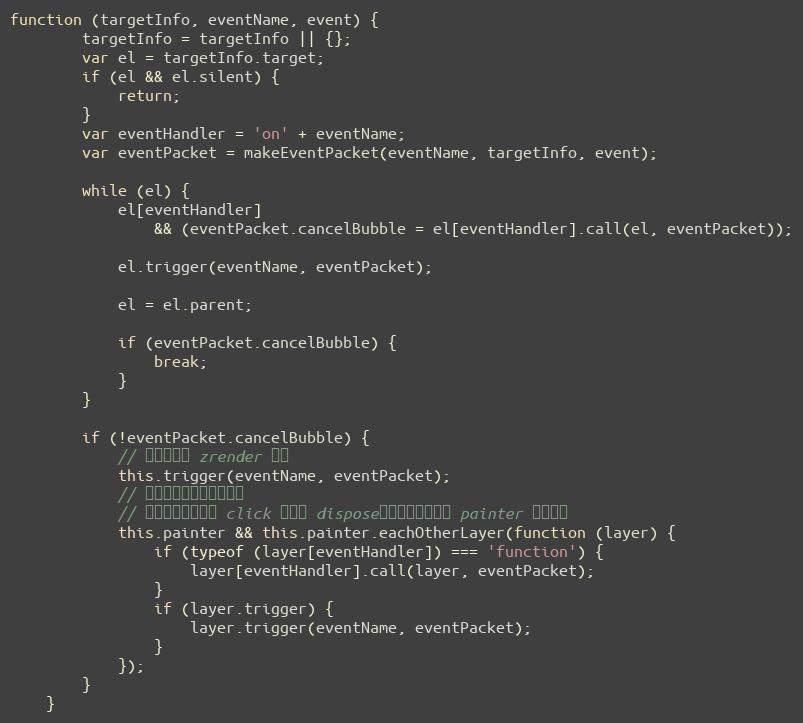
Language: JavaScript
function (targetInfo, eventName, event) {
        targetInfo = targetInfo || {};
        var el = targetInfo.target;
        if (el && el.silent) {
            return;
        }
        var eventHandler = 'on' + eventName;
        var eventPacket = makeEventPacket(eventName, targetInfo, event);

        while (el) {
            el[eventHandler]
                && (eventPacket.cancelBubble = el[eventHandler].call(el, eventPacket));

            el.trigger(eventName, eventPacket);

            el = el.parent;

            if (eventPacket.cancelBubble) {
                break;
            }
        }

        if (!eventPacket.cancelBubble) {
            // 冒泡到顶级 zrender 对象
            this.trigger(eventName, eventPacket);
            // 分发事件到用户自定义层
            // 用户有可能在全局 click 事件中 dispose，所以需要判断下 painter 是否存在
            this.painter && this.painter.eachOtherLayer(function (layer) {
                if (typeof (layer[eventHandler]) === 'function') {
                    layer[eventHandler].call(layer, eventPacket);
                }
                if (layer.trigger) {
                    layer.trigger(eventName, eventPacket);
                }
            });
        }
    }